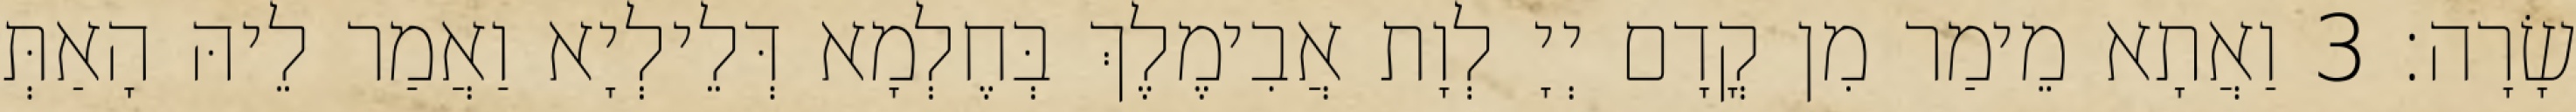
שָׂרָה׃ 3 וַאֲתָא מֵימַר מִן קֳדָם יְיָ לְוָת אֲבִימֶלֶךְ בְּחֶלְמָא דְּלֵילְיָא וַאֲמַר לֵיהּ הָאַתְּ